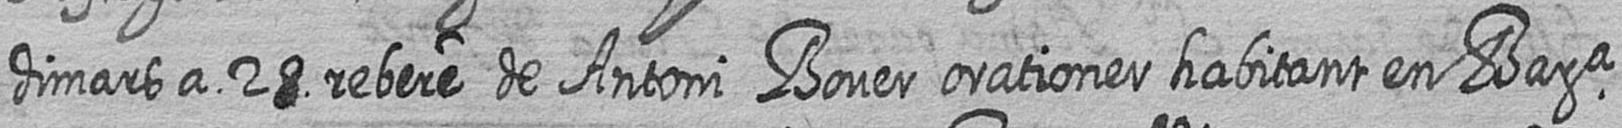
dimars a 28 rebere de Antoni Bover orationer habitant en Bara